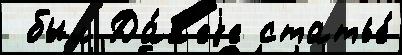
 был Да́л'еjе статье́